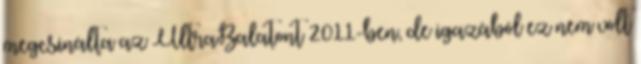
megcsinálta az UltraBalatont 2011-ben, de igazából ez nem volt